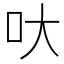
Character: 𠯈